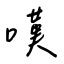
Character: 嘆